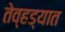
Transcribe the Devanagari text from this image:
तेव्हड्यात